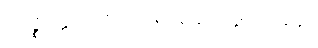
အဇ္ဈတ္တိက ဗာဟိရ ခေါ်ပုံ ဖွင့်ပြခန်း